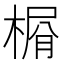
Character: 𣕋